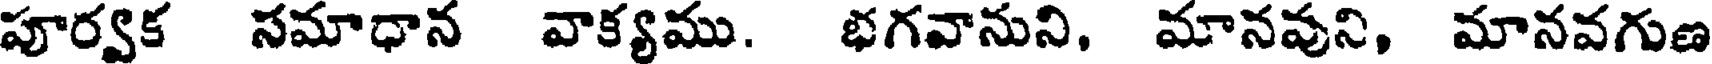
పూర్వక సమాధాన వాక్యము. భగవానుని, మానవుని, మానవగుణ